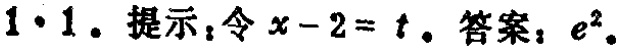
$1\cdot1.$ 提示：令 \(x - 2 = t\). 答案：\(e^{2}\).